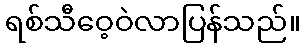
ရစ်သီဝေ့ဝဲလာပြန်သည်။